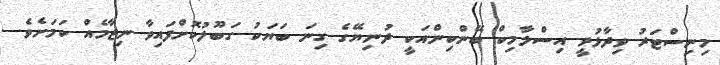
މިނިސްޓަރު ވިދާޅުވީ އިސްލާމިކް ބޭންކިންއަކީ ދުނިޔޭގެ ގިނަ ބަޔަކު ގަބޫލުކޮށްފައިވާ ނިޒާމެއް ކަމަށެވެ.